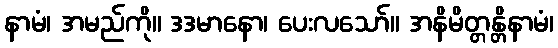
နာမံ၊ အမည်ကို။ ဒဒမာနော၊ ပေးလသော်။ အနိမိတ္တန္တိနာမံ၊